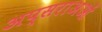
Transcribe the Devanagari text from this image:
अप्सराअओं